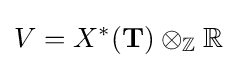
V=X^{*}(\mathbf {T} )\otimes _{\mathbb {Z} }\mathbb {R}